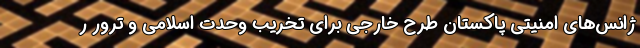
ژانس‌های امنیتی پاکستان طرح خارجی برای تخریب وحدت اسلامی و ترور ر